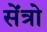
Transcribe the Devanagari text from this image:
सेंत्रो